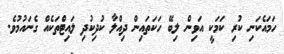
ހަމައެކަނި ކުރި ކަމަކީ އަވިން ލިބޭ ހަކަތައިން ދިއްލާ ކުދިކުދި ލައިޓްތަކެއް ގެނައުމުވެ.